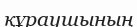
құраушының